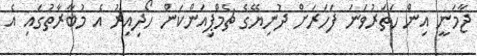
ޖާމަނީ އިން ހަތަރުވަނަ ފަހަރަށް ދުނިޔޭގެ ޗެމްޕިއަންކަން ހޯދިއިރު އެ މުބާރާތުގައި އެ